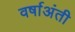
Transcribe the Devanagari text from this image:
वर्षाअंती